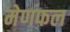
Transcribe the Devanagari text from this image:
मेणफल